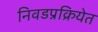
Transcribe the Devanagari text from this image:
निवडप्रक्रियेत